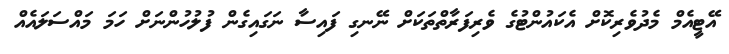
އޭޓީއެމް މެދުވެރިކޮށް އެކައުންޓުގެ ވެރިފަރާތްތަކަށް ނޭނގި ފައިސާ ނަގައިގެން ފުލުހުންނަށް ހަމަ މައްސަލައެއް